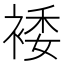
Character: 𫌂